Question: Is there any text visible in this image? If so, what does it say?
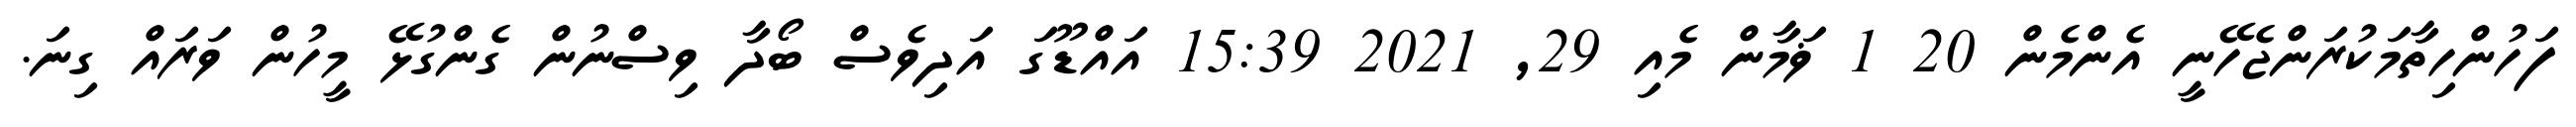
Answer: ފަހުންހިތާމަކުރަންޖެހޭނީ އެންމެން 20 1 ޥަމާން މެއި 29, 2021 15:39 އައްޑޫގަ އަދިވެސް ބޯދާ ވިސްނުން ގެންގުޅޭ މީހުން ވަރައް ގިނަ.